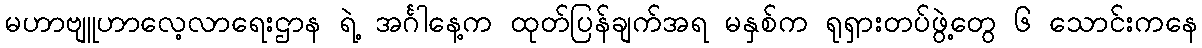
မဟာဗျူဟာလေ့လာရေးဌာန ရဲ့ အင်္ဂါနေ့က ထုတ်ပြန်ချက်အရ မနှစ်က ရုရှားတပ်ဖွဲ့တွေ ၆ သောင်းကနေ